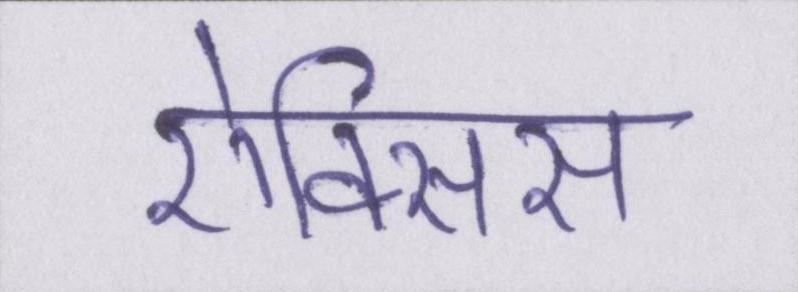
ऐक्सिस